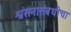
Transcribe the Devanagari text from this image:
श्वसनासंबधीचा